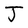
Character: J